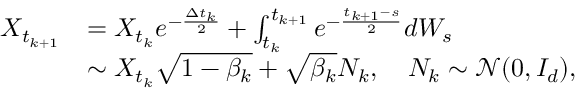
\begin{array} { r l } { X _ { t _ { k + 1 } } } & { = X _ { t _ { k } } e ^ { - \frac { \Delta t _ { k } } { 2 } } + \int _ { t _ { k } } ^ { t _ { k + 1 } } e ^ { - \frac { t _ { k + 1 } - s } { 2 } } d W _ { s } } \\ & { \sim X _ { t _ { k } } \sqrt { 1 - \beta _ { k } } + \sqrt { \beta _ { k } } N _ { k } , \quad N _ { k } \sim \mathcal { N } ( 0 , I _ { d } ) , } \end{array}